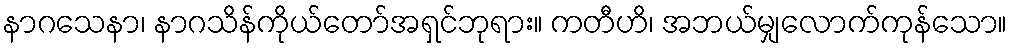
နာဂသေနာ၊ နာဂသိန်ကိုယ်တော်အရှင်ဘုရား။ ကတီဟိ၊ အဘယ်မျှလောက်ကုန်သော။